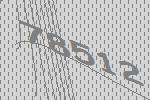
78512